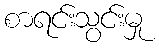
စာရင်းသွင်းမှု